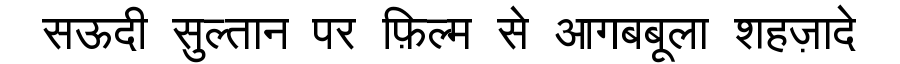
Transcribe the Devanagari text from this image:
सऊदी सुल्तान पर फ़िल्म से आगबबूला शहज़ादे